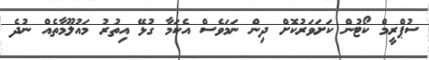
ސުޕްރީމް ކޯޓުން ކަށަވަރުކޮށް ދިން ނަމަވެސް އެކަމާ ގުޅޭ އިތުރު މައުލޫމާތެއް ނުދެ